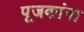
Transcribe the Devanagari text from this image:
पूजकांना